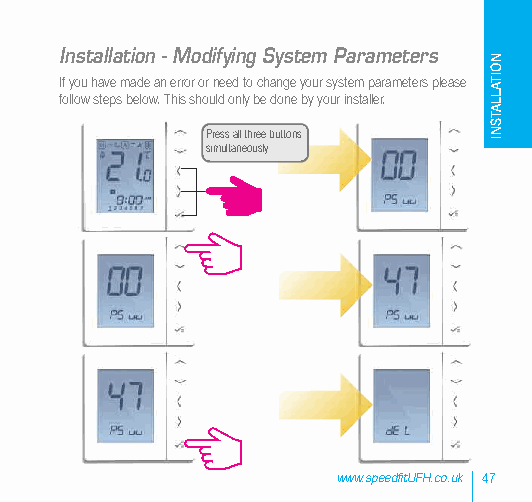
Installation - Modifying System Parameters
 If you have made an error or need to change your system parameters please
 follow steps below. This should only be done by your installer.
 Press all three buttons
 simultaneously
 www.speedfitUFH.co.uk 47
 NOITALLATSNI